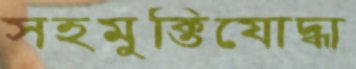
সহমুক্তিযোদ্ধা